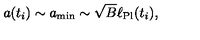
a ( t _ { i } ) \sim a _ { \mathrm { m i n } } \sim \sqrt { B } \ell _ { \mathrm { P l } } ( t _ { i } ) ,